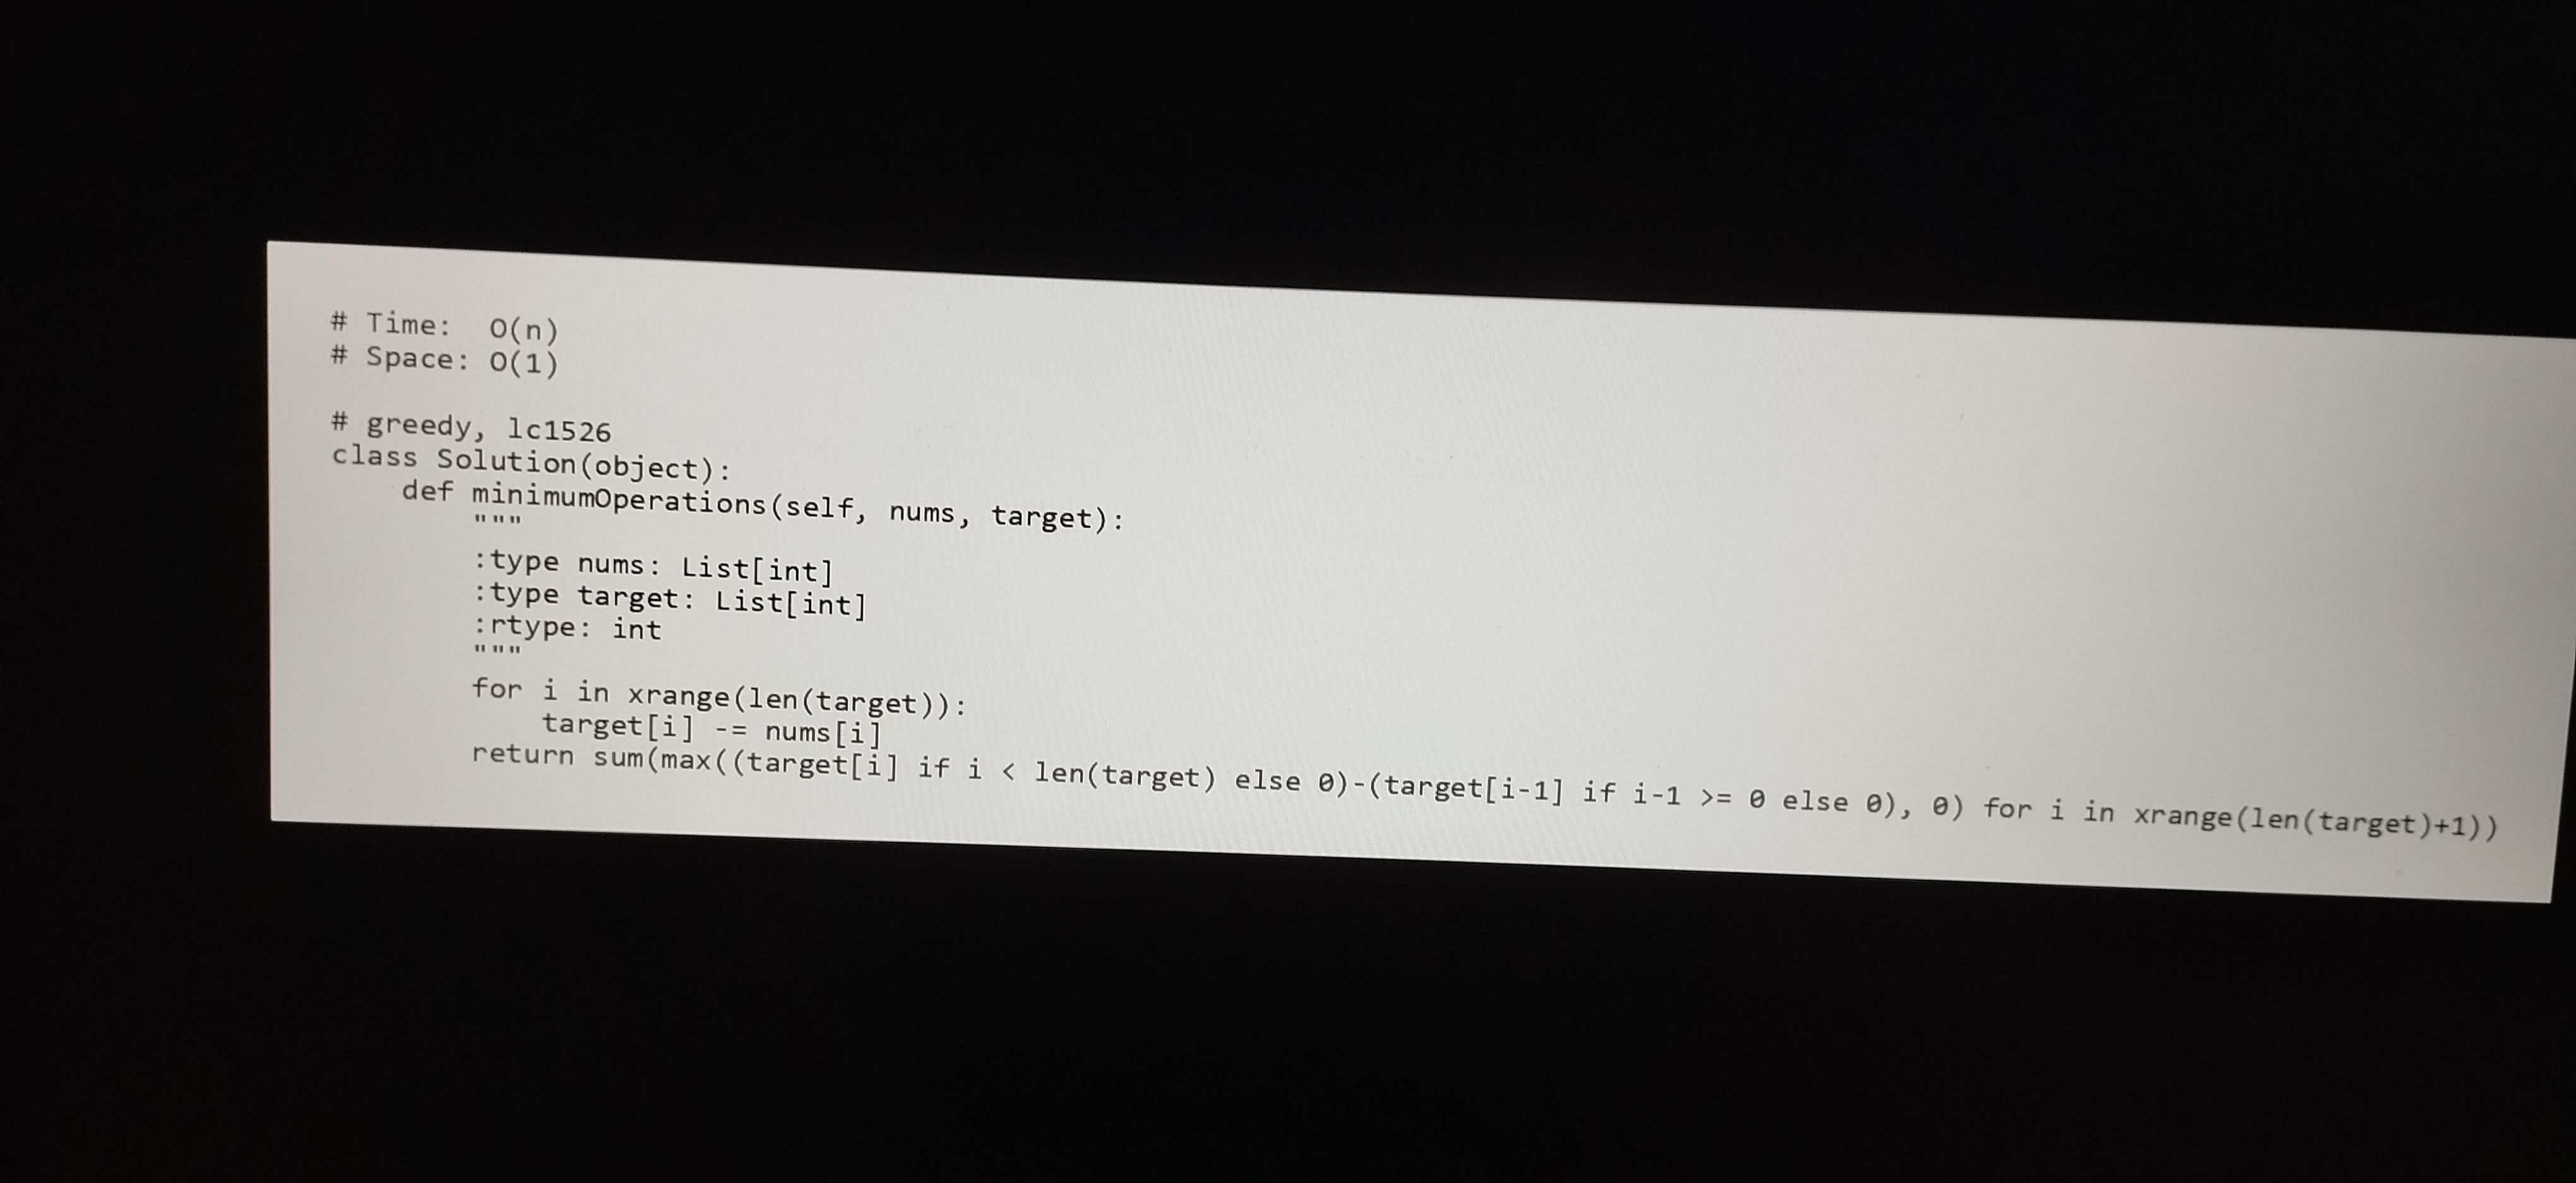
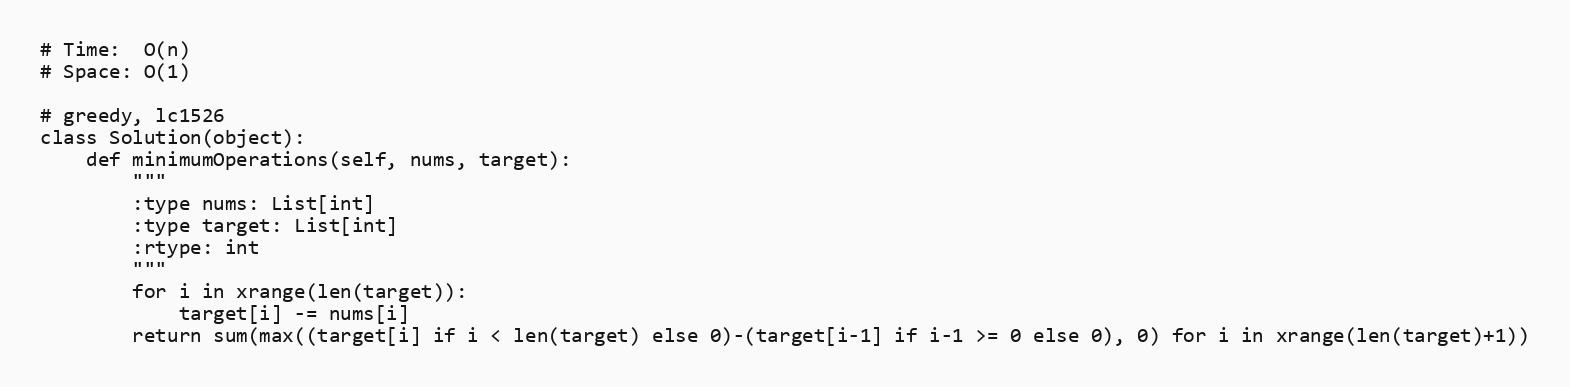
# Time:  O(n)
# Space: O(1)

# greedy, lc1526
class Solution(object):
    def minimumOperations(self, nums, target):
        """
        :type nums: List[int]
        :type target: List[int]
        :rtype: int
        """
        for i in xrange(len(target)):
            target[i] -= nums[i]
        return sum(max((target[i] if i < len(target) else 0)-(target[i-1] if i-1 >= 0 else 0), 0) for i in xrange(len(target)+1))